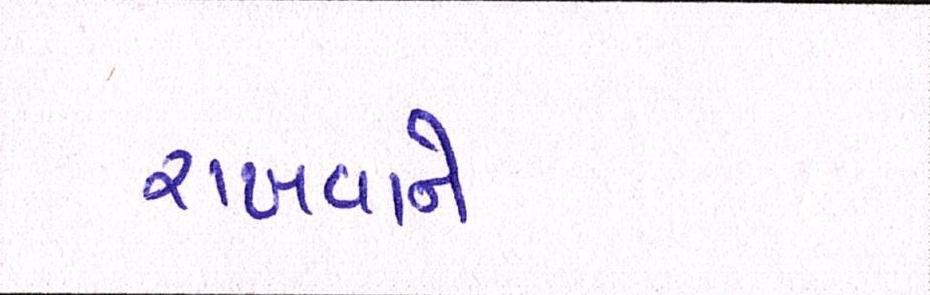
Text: રાખવાનો